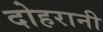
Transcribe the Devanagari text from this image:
दोहरानी